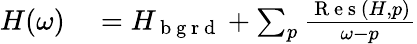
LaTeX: \begin{array}{r}{\begin{array}{rl}{H(\omega)}&{{}=H_{\mathrm{~b~g~r~d~}}+\sum_{p}\frac{\mathrm{~R~e~s~}(H,p)}{\omega-p}}\end{array}}\end{array}